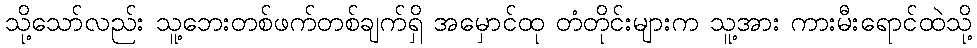
သို့သော်လည်း သူ့ဘေးတစ်ဖက်တစ်ချက်ရှိ အမှောင်ထု တံတိုင်းများက သူ့အား ကားမီးရောင်ထဲသို့